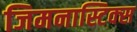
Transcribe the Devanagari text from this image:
जिमनास्टिक्‍स